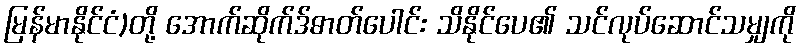
မြန်မာနိုင်ငံ)တို့ အောက်ဆိုက်ဒ်ဓာတ်ပေါင်း သိနိုင်ပေ၏ သင်လုပ်ဆောင်သမျှကို